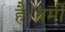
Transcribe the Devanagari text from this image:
है।बर्मी